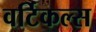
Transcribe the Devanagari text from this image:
वर्टिकल्स